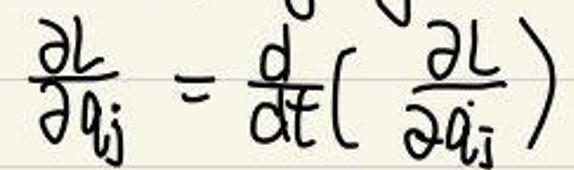
\(\frac{\partial L}{\partial q_{i}} = \frac{d}{dt}\left( \frac{\partial L}{\partial \dot{q}_{i}} \right)\)